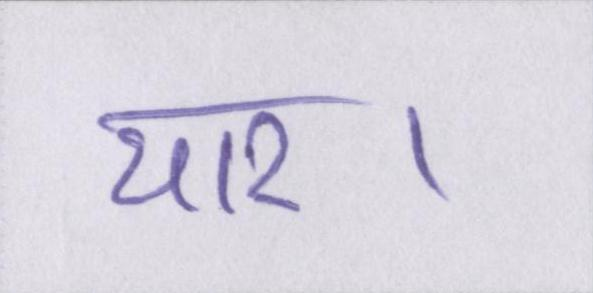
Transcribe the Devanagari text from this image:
यार।